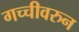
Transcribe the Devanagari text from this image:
गच्चीवरुन